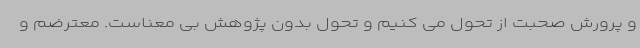
و پرورش صحبت از تحول می کنیم و تحول بدون پژوهش بی معناست. معترضم و